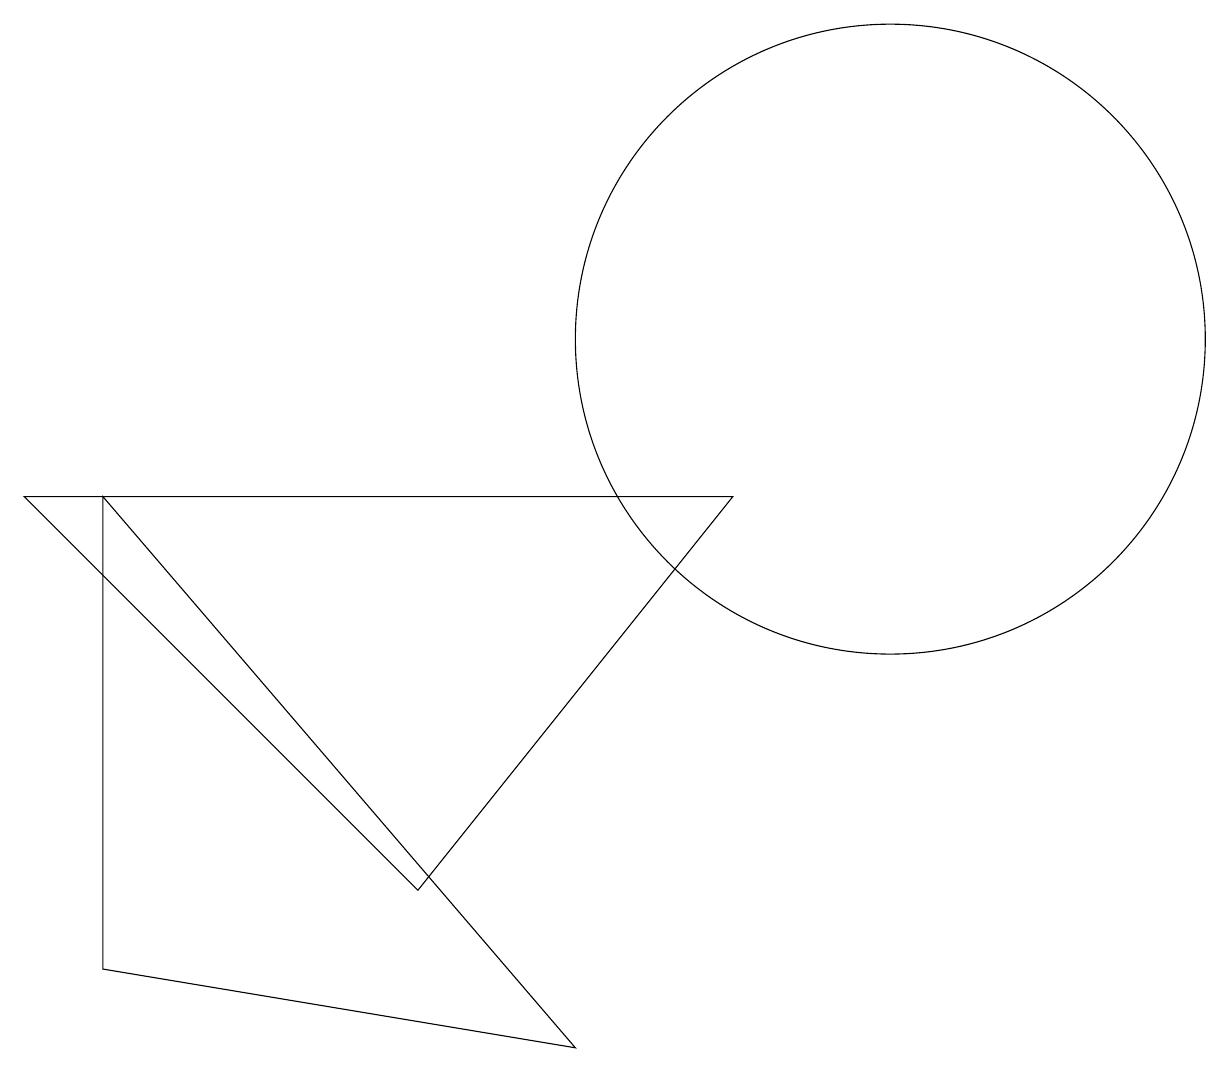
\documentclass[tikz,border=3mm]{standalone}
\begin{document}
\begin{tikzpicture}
\draw (1,9) -- (1,3) -- (7,2) -- cycle;
\draw (11,11) circle (4);
\draw (9,9) -- (5,4) -- (0,9) -- cycle;
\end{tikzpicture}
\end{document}